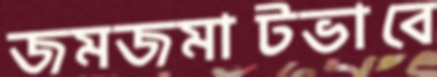
জমজমাটভাবে